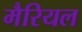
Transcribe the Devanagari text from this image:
मैरियल